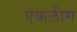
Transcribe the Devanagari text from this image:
एकलीग